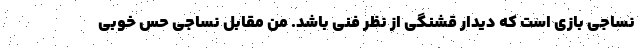
نساجی بازی است که دیدار قشنگی از نظر فنی باشد. من مقابل نساجی حس خوبی